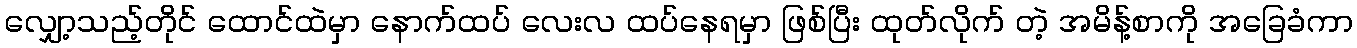
လျှော့သည့်တိုင် ထောင်ထဲမှာ နောက်ထပ် လေးလ ထပ်နေရမှာ ဖြစ်ပြီး ထုတ်လိုက် တဲ့ အမိန့်စာကို အခြေခံကာ